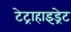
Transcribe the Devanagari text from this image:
टेट्राहाइड्रेट